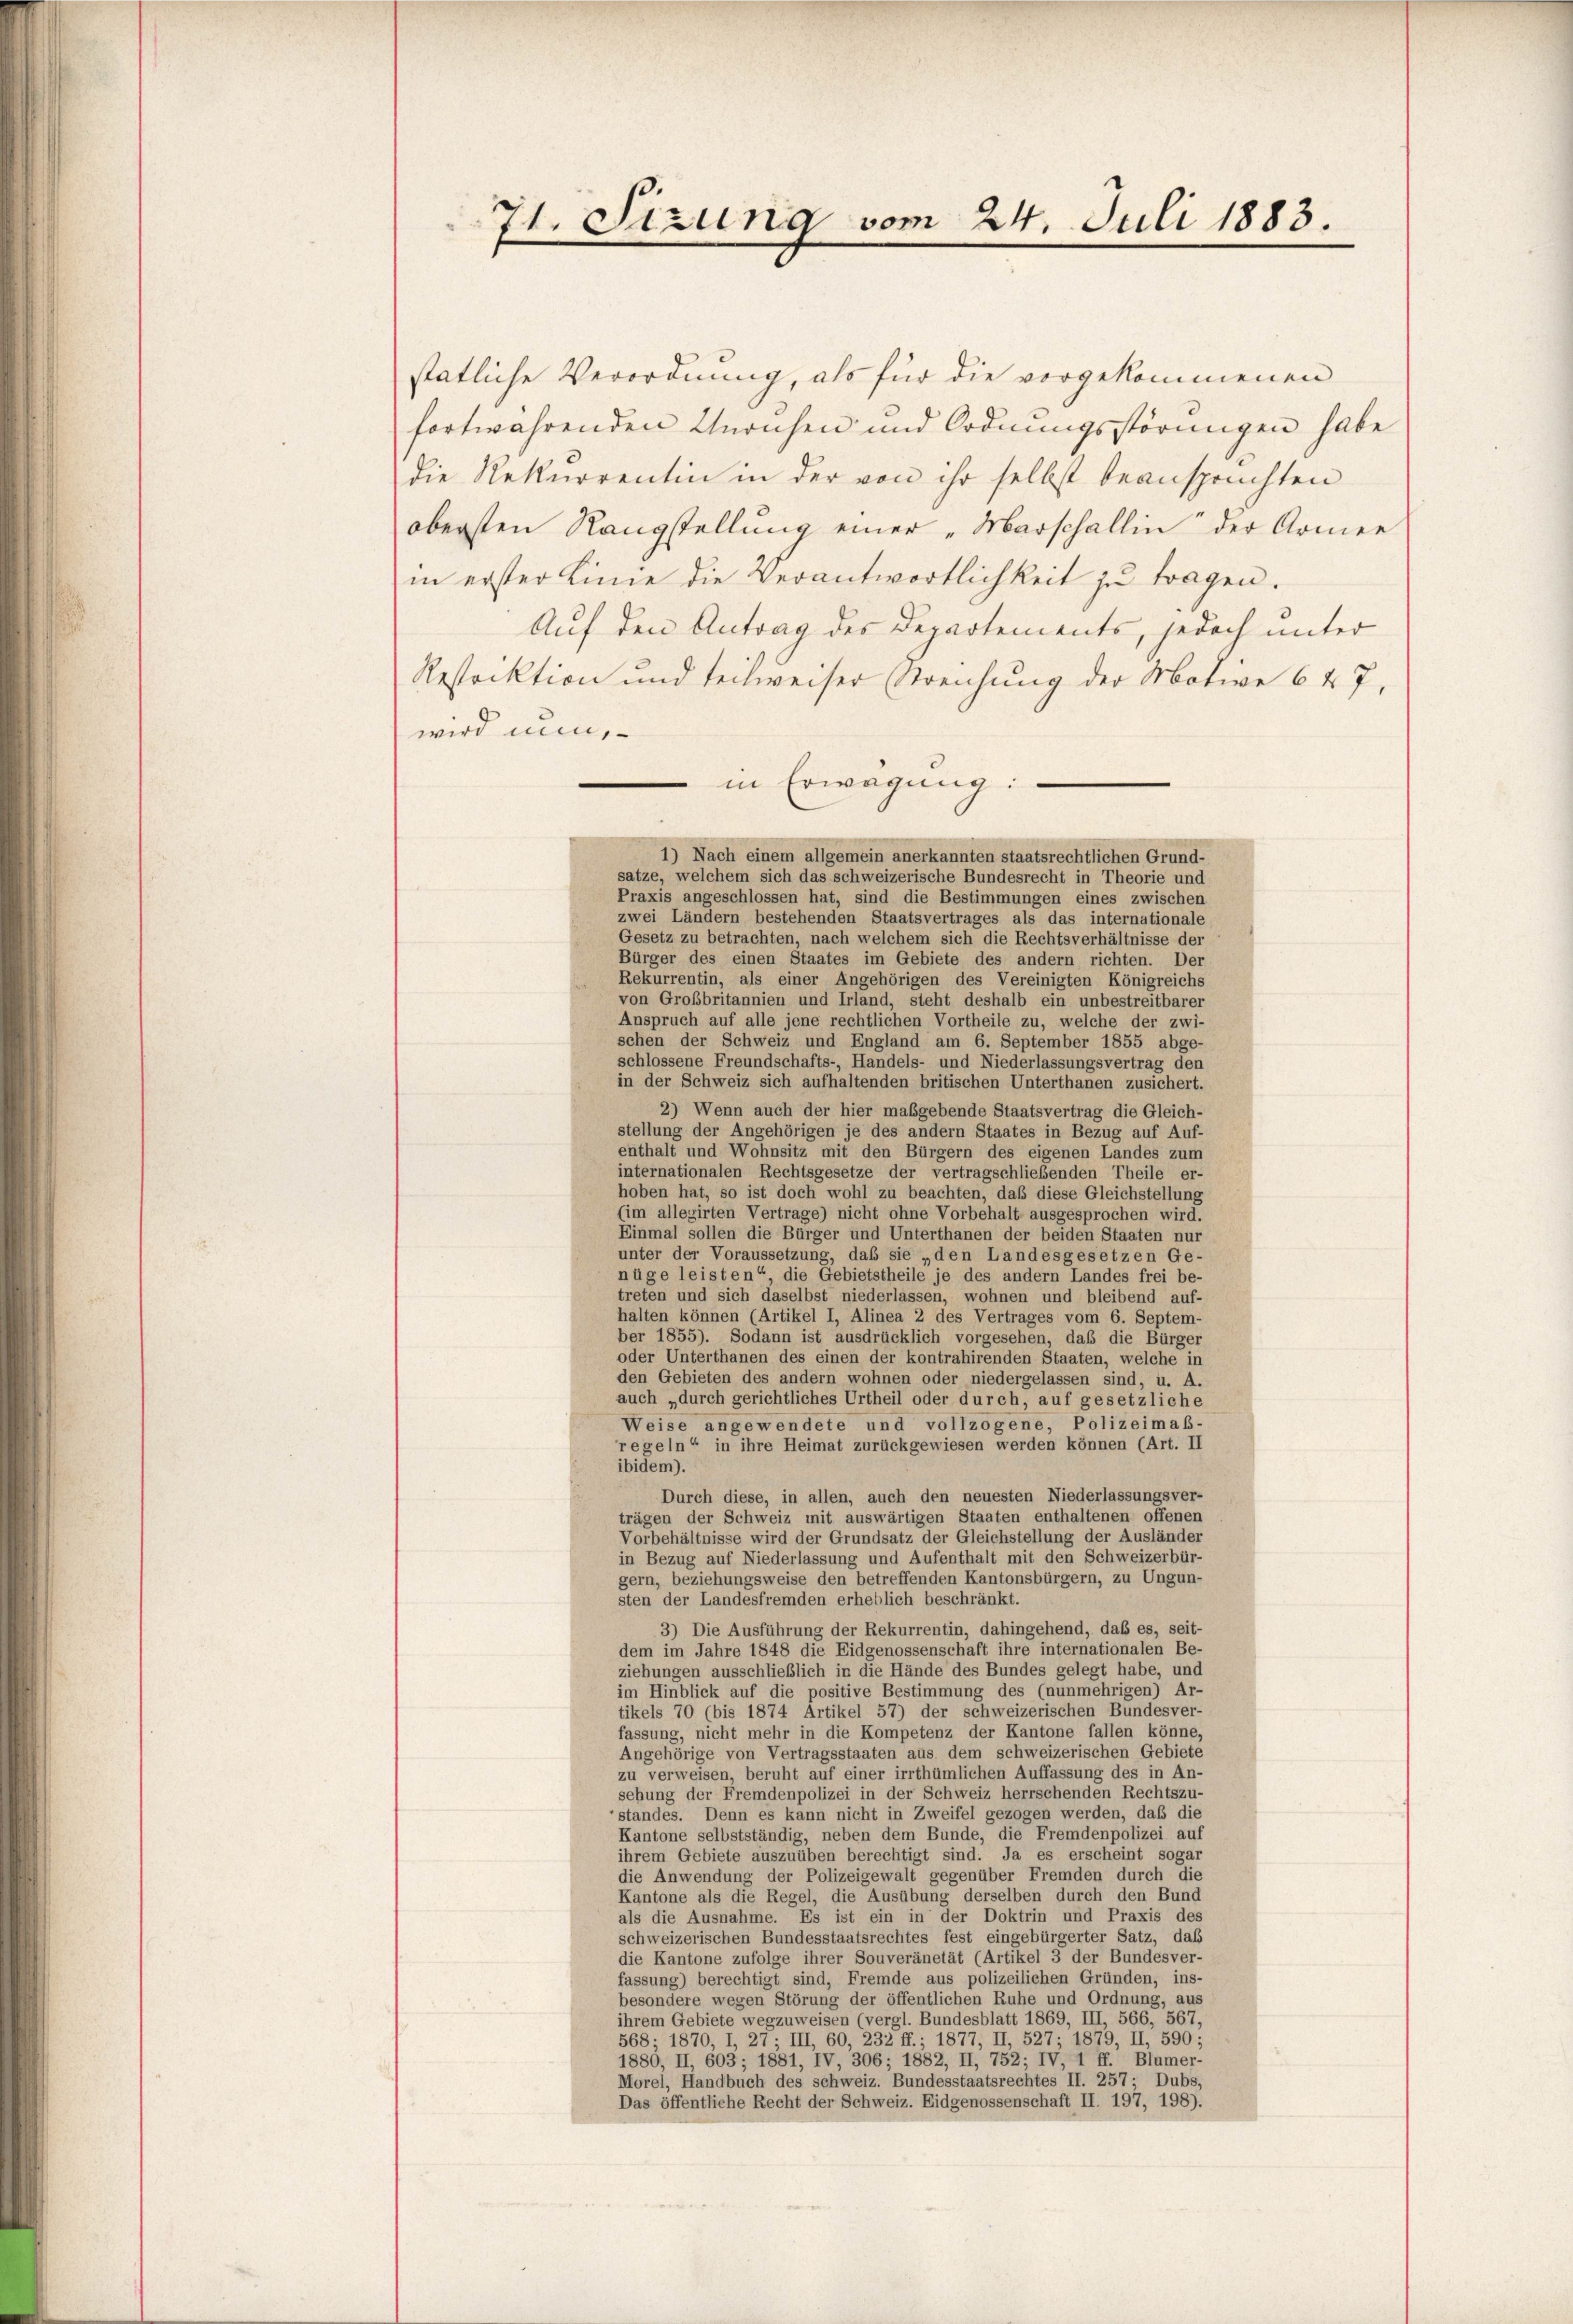
71. Sizung vom 24. Juli 1883.

stätliche Verordnung, als für die vorgekommenen
fortwährenden Unruhen und Ordnungsstörungen habe
die Rekurrentin in der von ihr selbst beansprüchten
obersten Rangstellung einer „Marschallin der Armee
in erster Linie die Verantwortlichkeit zu tragen.
Auf den Antrag des Departements, jedoch unter
Restocktion und techweiser Streilung der Motive 647,
wird nun,
 in Erwägung:
1) Nach einem allgemein anerkannten staatsrechtlichen Grund-
sätze, welchem sich das schweizerische Bundesrecht in Theorie und
Praxis angeschlossen hat, sind die Bestimmungen eines zwischen
zwei Ländern bestehenden Staatsvertrages als das internationale
Gesetz zu betrachten, nach welchem sich die Rechtsverhältnisse der
Bürger des einen Staates im Gebiete des andern richten. Der
Rekurrentin, als einer Angehörigen des Vereinigten Königreichs
von Großbritannien und Irland, steht deshalb ein unbestreitbarer
Anspruch auf alle jene rechtlichen Vortheile zu, welche der zwi-
schen der Schweiz und England am 6. September 1855 abge-
schlossene Freundschafts-, Handels- und Niederlassungsvertrag den
in der Schweiz sich aufhaltenden britischen Unterthanen zusichert.
2) Wenn auch der hier maßgebende Staatsvertrag die Gleich-
stellung der Angehörigen je des andern Staates in Bezug auf Auf-
enthalt und Wohnsitz mit den Bürgern des eigenen Landes zum
internationalen Rechtsgesetze der vertragschließenden Theile er-
hoben hat, so ist doch wohl zu beachten, daß diese Gleichstellung
(im allegirten Vertrage) nicht ohne Vorbehalt ausgesprochen wird
Einmal sollen die Bürger und Unterthanen der beiden Staaten nur
unter der Voraussetzung, daß sie „den Landesgesetzen Ge-
nüge leisten“ die Gebietstheile je des andern Landes frei be-
treten und sich daselbst niederlassen, wohnen und bleibend auf
halten können (Artikel I, Alinea 2 des Vertrages vom 6. Septem-
ber 1855). Sodann ist ausdrücklich vorgesehen, daß die Bürger
oder Unterthanen des einen der kontrahirenden Staaten, welche in
den Gebieten des andern wohnen oder niedergelassen sind, u. A.
auch „durch gerichtliches Urtheil oder durch, auf gesetzliche
Weise angewendete und vollzogene, Polizeimaß-
regeln“ in ihre Heimat zurückgewiesen werden können (Art. II
ibidem).
Durch diese, in allen, auch den neuesten Niederlassungsver-
trägen der Schweiz mit auswärtigen Staaten enthaltenen offenen
Vorbehältnisse wird der Grundsatz der Gleichstellung der Ausländer
in Bezug auf Niederlassung und Aufenthalt mit den Schweizerbür-
gern, beziehungsweise den betreffenden Kantonsbürgern, zu Ungun-
sten der Landesfremden erheblich beschränkt.
3) Die Ausführung der Rekurrentin, dahingehend, daß es, seit-
dem im Jahre 1848 die Eidgenossenschaft ihre internationalen Be-
ziehungen ausschließlich in die Hände des Bundes gelegt habe, und
im Hinblick auf die positive Bestimmung des (nunmehrigen) Ar-
tikels 70 (bis 1874 Artikel 57) der schweizerischen Bundesver-
fassung, nicht mehr in die Kompetenz der Kantone fallen könne,
Angehörige von Vertragsstaaten aus dem schweizerischen Gebiete
zu verweisen, beruht auf einer irrthümlichen Auffassung des in An-
sehung der Fremdenpolizei in der Schweiz herrschenden Rechtszu-
standes. Denn es kann nicht in Zweifel gezogen werden, daß die
Kantone selbstständig, neben dem Bunde, die Fremdenpolizei auf
ihrem Gebiete auszuüben berechtigt sind: Ja es erscheint sogar
die Anwendung der Polizeigewalt gegenüber Fremden durch die
Kantone als die Regel, die Ausübung derselben durch den Bund
als die Ausnahme. Es ist ein in der Doktrin und Praxis des
schweizerischen Bundesstaatsrechtes fest eingebürgerter Satz, daß
die Kantone zufolge ihrer Souveränetät (Artikel 3 der Bundesver-
fassung) berechtigt sind, Fremde aus polizeilichen Gründen, ins-
besondere wegen Störung der öffentlichen Ruhe und Ordnung, aus
ihrem Gebiete wegzuweisen (vergl. Bundesblatt 1869, III, 566, 567
568; 1870, I, 27; III, 60, 232 ff.; 1877, II, 527; 1879, II, 590:
1880, II, 603; 1881, IV, 306; 1882, II, 752; IV, 1 ff.
Blumer-
Morel, Handbuch des schweiz. Bundesstaatsrechtes II. 257; Dubs.
Das öffentliche Recht der Schweiz. Eidgenossenschaft II. 197, 198).